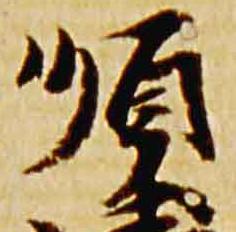
順